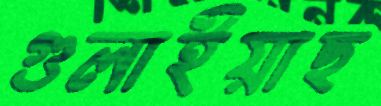
গুলাইয়াছ